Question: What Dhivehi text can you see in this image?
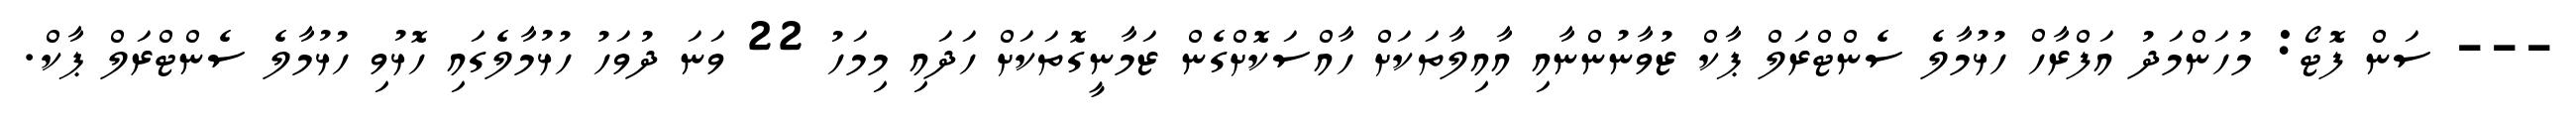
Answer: --- ސަން ފޮޓޯ: މުހަންމަދު އަފްރާހް ހުޅުމާލެ ސެންޓްރަލް ޕާކް ޒުވާނުންނާއި އާއިލާތަކަށް ހާއްސަކޮށްގެން ޒަމާނީގޮތަކަށް ހަދައި މިމަހު 22 ވަނަ ދުވަހު ހުޅުމާލެގައި ހޮޅުވި ހުޅުމާލެ ސެންޓްރަލް ޕާކް.